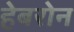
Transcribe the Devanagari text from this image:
हेबरोन